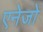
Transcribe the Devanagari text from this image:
एनेजो